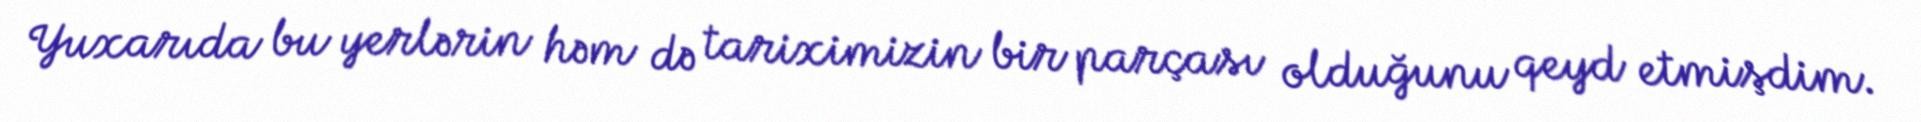
Yuxarıda bu yerlərin həm də tariximizin bir parçası olduğunu qeyd etmişdim.